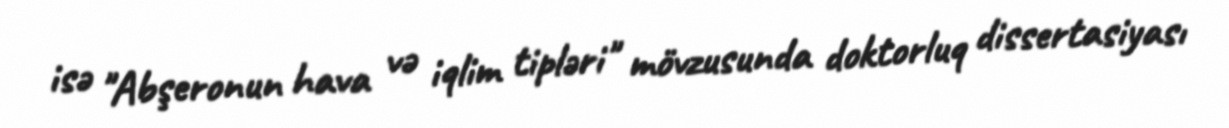
isə "Abşeronun hava və iqlim tipləri" mövzusunda doktorluq dissertasiyası